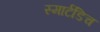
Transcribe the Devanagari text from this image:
स्मार्टडिच